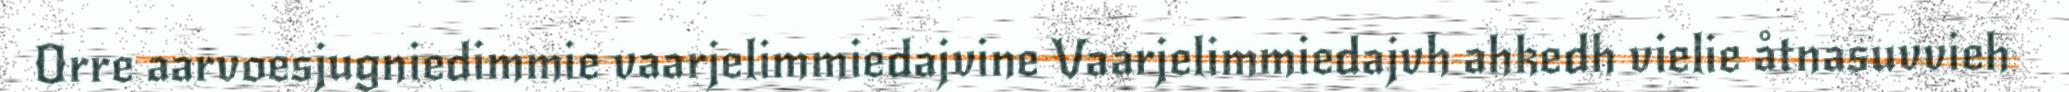
Orre aarvoesjugniedimmie vaarjelimmiedajvine Vaarjelimmiedajvh ahkedh vielie åtnasuvvieh